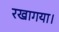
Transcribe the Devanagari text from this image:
रखागया।